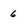
Character: 6